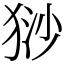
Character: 猀